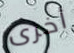
أخرى